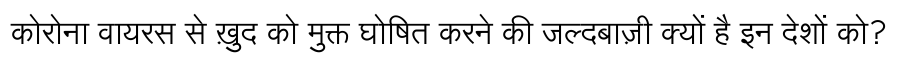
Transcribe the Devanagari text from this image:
कोरोना वायरस से ख़ुद को मुक्त घोषित करने की जल्दबाज़ी क्यों है इन देशों को?